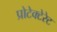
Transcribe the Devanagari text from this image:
प्रोटेक्टेरेट